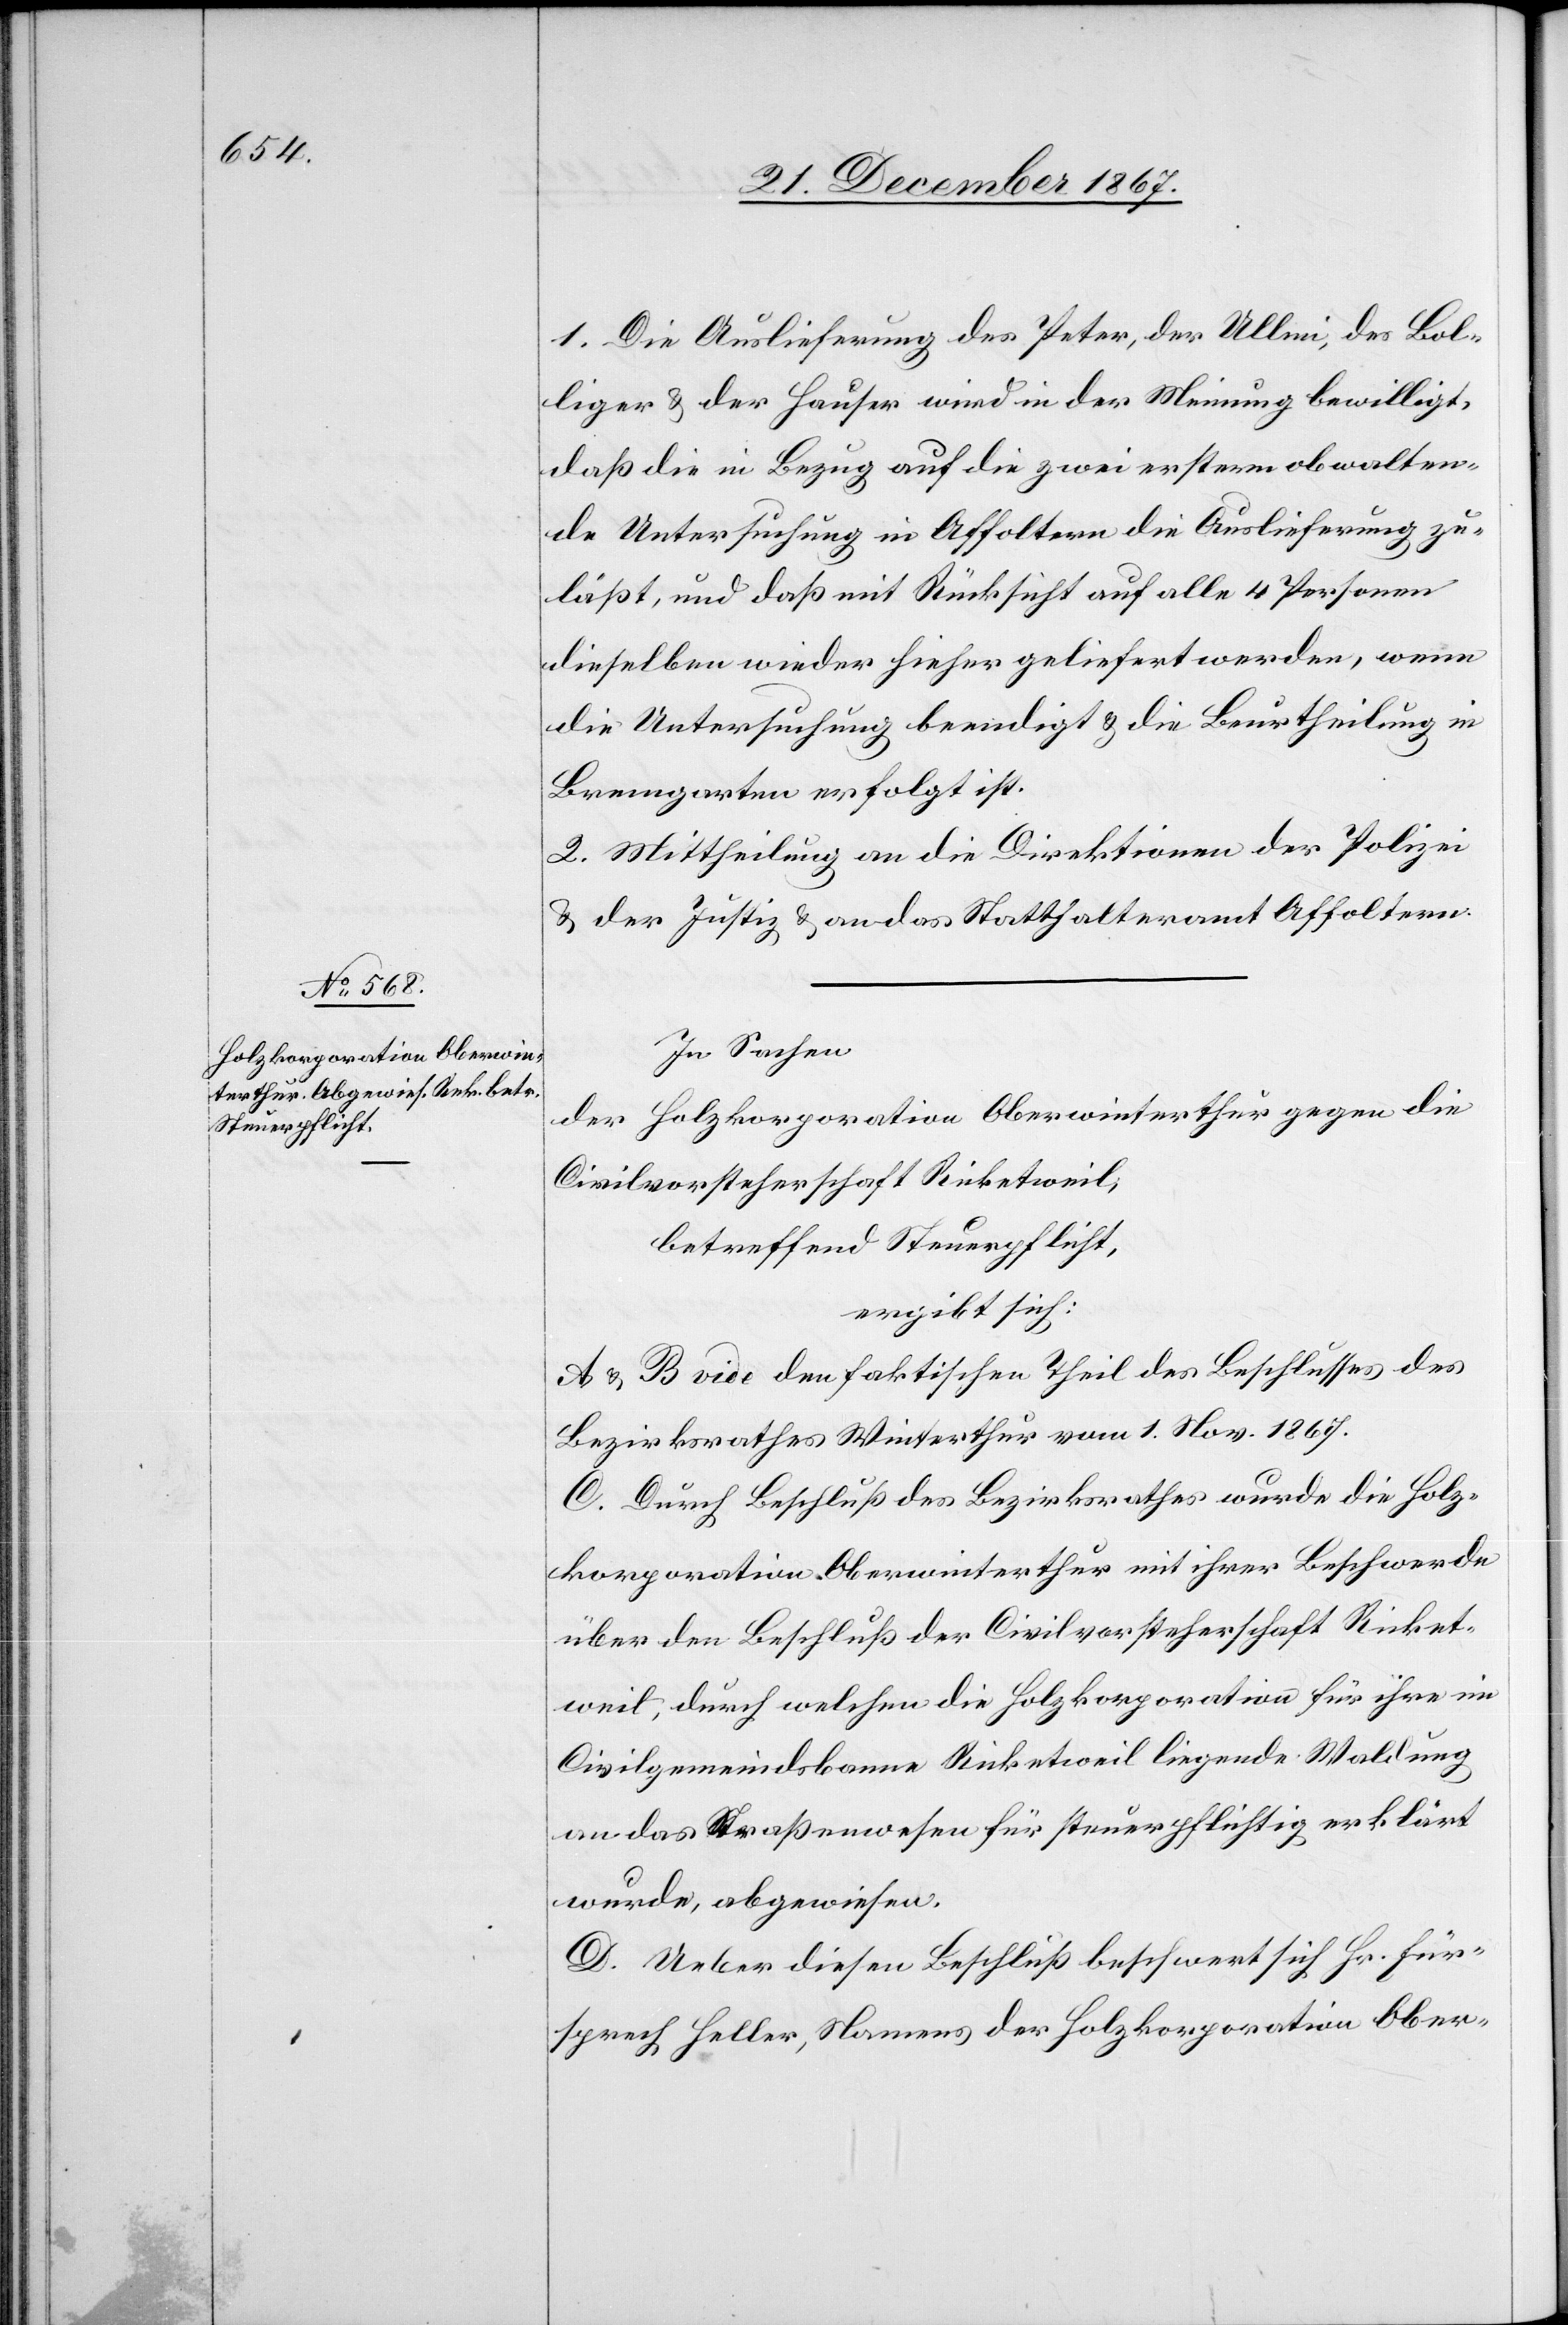
1. Die Auslieferung des Peter, der Ullmi, des Bol¬
liger u. der Hauser wird in der Meinung bewilligt,
daß die in Bezug auf die zwei erstern obwalten¬
de Untersuchung in Affoltern die Auslieferung zu¬
läßt, und daß mit Rücksicht auf alle 4 Personen
dieselben wieder hieher geliefert werden, wenn
die Untersuchung beendigt u. die Beurtheilung in
Bremgarten erfolgt ist.
2. Mittheilung an die Direktionen der Polizei
u. der Justiz u. an das Statthalteramt Affoltern.
In Sachen
der Holzkorporation Oberwinterthur gegen die
Civilvorsteherschaft Ricketweil,
betreffend Steuerpflicht,
ergibt sich:
A u. B vide den faktischen Theil des Beschlusses des
Bezirksrathes Winterthur vom 1. Nov. 1867.
C. Durch Beschluß des Bezirksrathes wurde die Holz¬
korporation Oberwinterthur mit ihrer Beschwerde
über den Beschluß der Civilvorsteherschaft Ricket¬
weil, durch welchen die Holzkorporation für ihre im
Civilgemeindsbanne Ricketweil liegende Waldung
an das Straßenwesen für steuerpflichtig erklärt
wurde, abgewiesen.
D. Ueber diesen Beschluß beschwert sich Hr. Für¬
sprech Heller, Namens der Holzkorporation Ober-